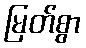
မြတ်စွာ